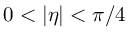
0 < | \eta | < \pi / 4